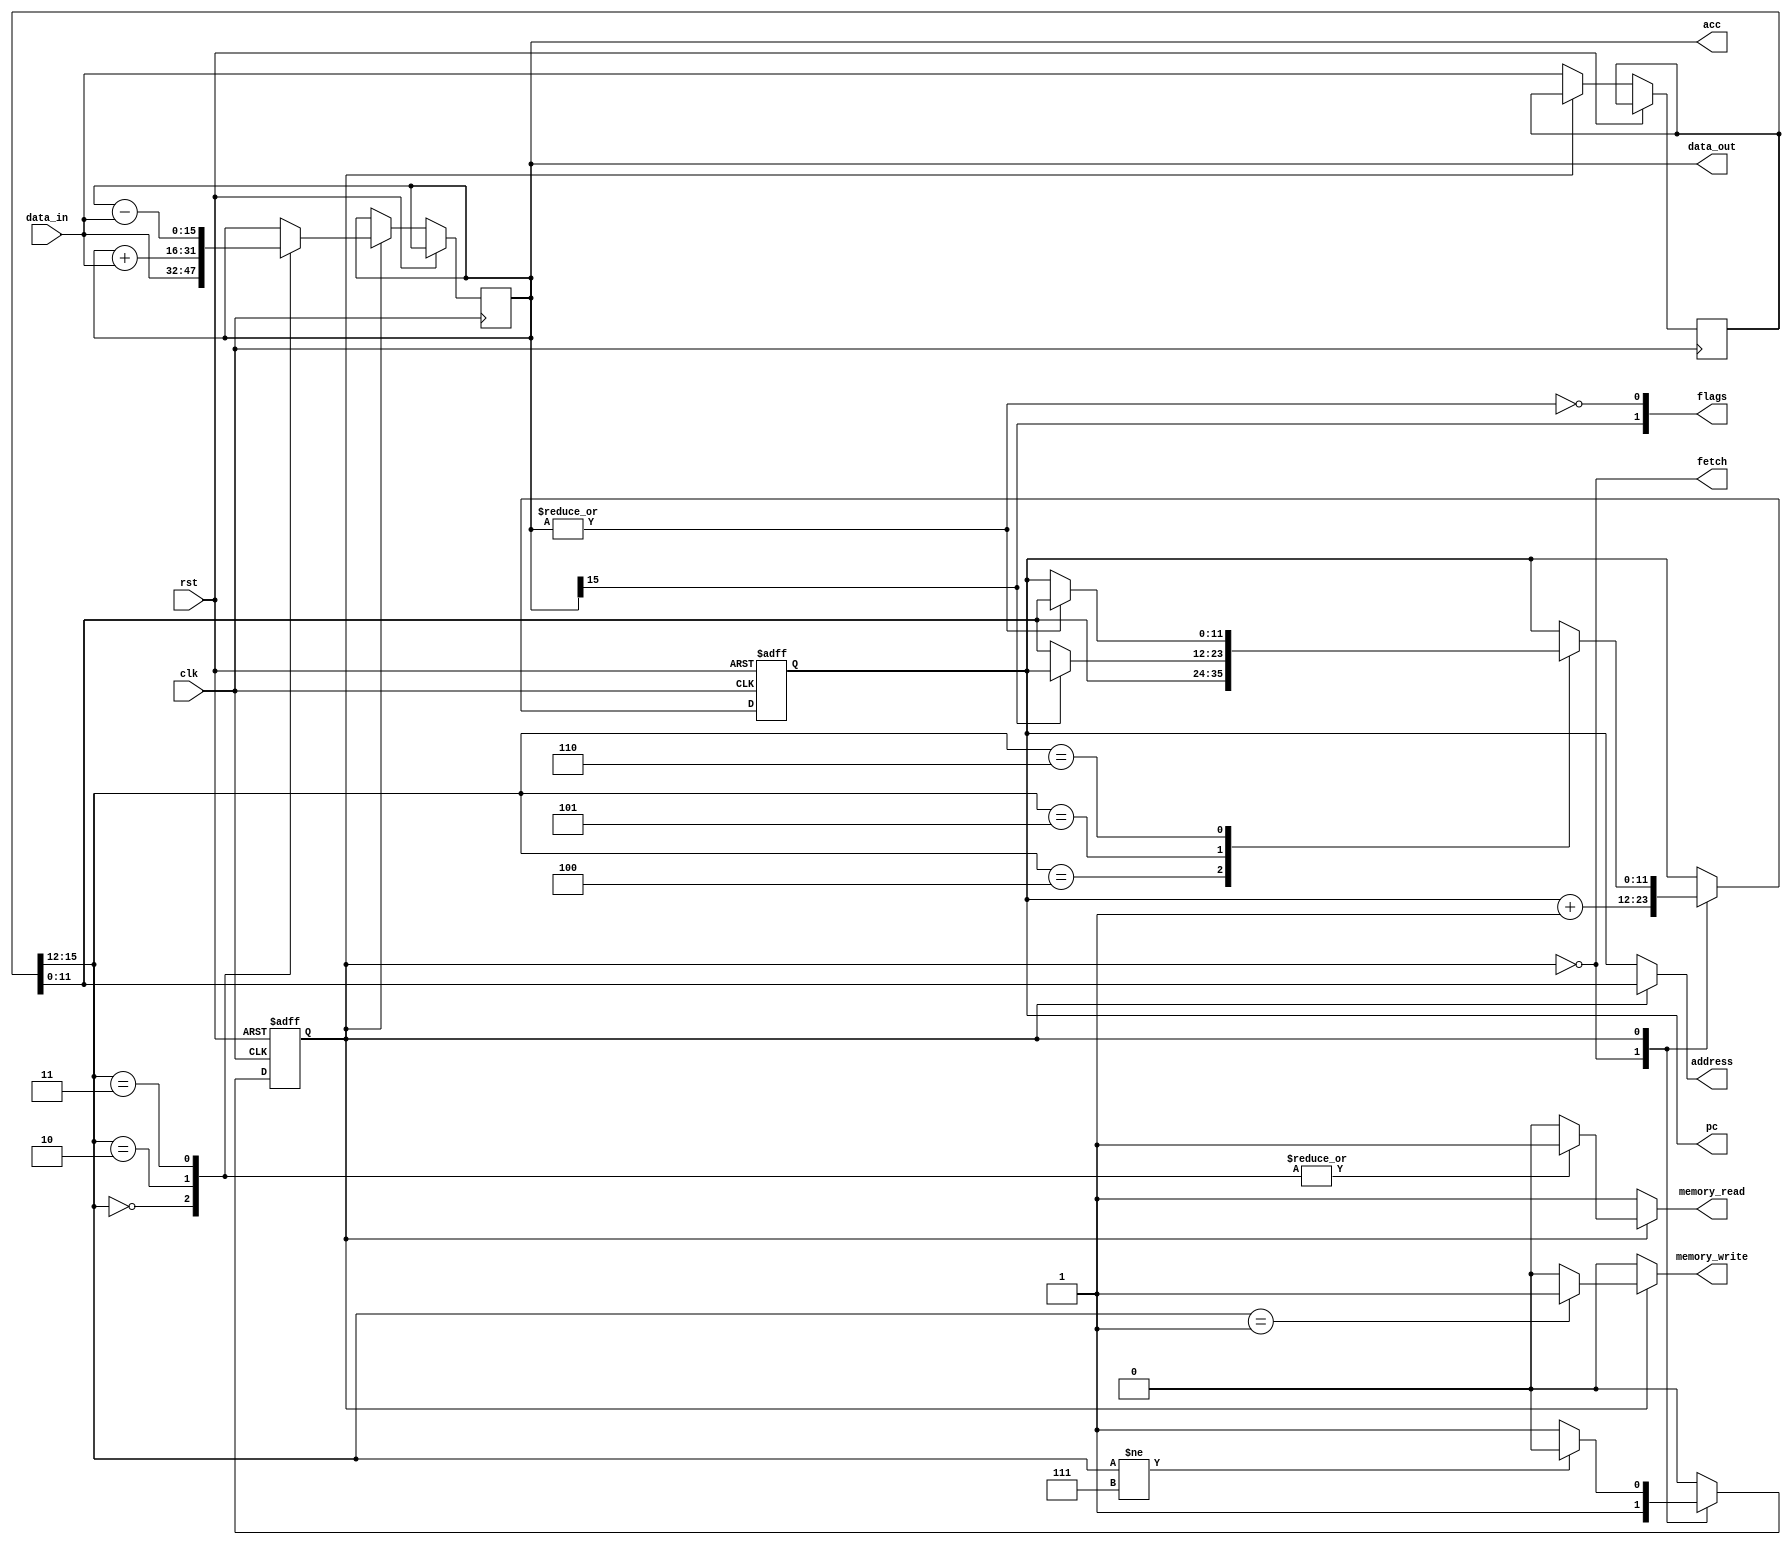
// MU0 processor sample #1  Sept. 2012

`define FETCH   0				// State enumeration
`define EXECUTE 1

`define LDA 4'h0				// Function enumeration
`define STA 4'h1
`define ADD 4'h2
`define SUB 4'h3
`define JMP 4'h4
`define JGE 4'h5
`define JNE 4'h6
`define STP 4'h7

module MU0_1 (input  wire        clk,		// System clock
            input  wire        rst,		// Master reset
            input  wire [15:0] data_in,		// Data read from memory
            output wire [15:0] data_out,	// Data to write to memory
            output reg  [11:0] address,		// Memory address
            output reg         memory_read,	// Memory read enable
            output reg         memory_write,	// Memory write enable
            // Additional exposed signals for observability
            output wire        fetch,		// In the fetch state?
            output reg  [15:0] acc,		// The accumulator
            output reg  [11:0] pc,		// The program counter
            output wire  [1:0] flags		// The N and Z flags
            );

// Declare internal registers
reg [15:0] ir;					// Instruction register
reg        state;				// FSM state

// Create debug (observability) signals
assign fetch = (state == `FETCH);
assign flags[0] = ~|acc;
assign flags[1] = acc[15];

////////////////////////////////////////////////////////////////////////////////

wire  [3:0] func;				// Generate aliases for
wire [11:0] operand;				//  instruction fields

assign func    = ir[15:12];			// ("function" is a reserved word)
assign operand = ir[11:0];

////////////////////////////////////////////////////////////////////////////////
// Combinatorial block which determines memory control outputs according to
//  current state and instruction type.

always @ (state, pc, func, operand)
  if (state == `FETCH)				// During fetch cycle
    begin
    address      = pc;				// Set address multiplexer to PC
    memory_read  = 1;				// Read memory
    memory_write = 0;				// Don't write
    end
  else
    begin					// Must be execution phase
    address      = operand;			// By default ...
    memory_read  = 0;				//  ... don't read ...
    memory_write = 0;				//  ... or write
    case (func)					// Modify values as needed
      `LDA: memory_read  = 1;			// LDA
      `STA: memory_write = 1;			// STA
      `ADD: memory_read  = 1;			// ADD
      `SUB: memory_read  = 1;			// SUB
    endcase
    end

////////////////////////////////////////////////////////////////////////////////
// Output data is always from the same place

assign data_out = acc;

////////////////////////////////////////////////////////////////////////////////
// Sequential block which manages what state will be adopted at the end of the
//  current cycle.

always @ (posedge clk or posedge rst)
  if (rst)					// Reset is active
    begin
    pc    <= 12'h000;				// PC starts at 000
    state <= `FETCH;				// Start with instruction fetch
    end
  else
    case (state)

      `FETCH:					// Fetch state
        begin
        ir    <= data_in;
        pc    <= pc + 1;
        state <= `EXECUTE;			// Execute next
	end

      `EXECUTE:					// Execute state
        begin

        case (func)
	  `LDA: acc <= data_in;			// LDA
          `STA: ; // No internal state changes	// STA
          `ADD: acc <= acc + data_in;		// ADD
          `SUB: acc <= acc - data_in;		// SUB
          `JMP: pc  <= operand;			// JMP
          `JGE: if (acc[15] == 0) pc <= operand;// JGE
          `JNE: if    (|acc != 0) pc <= operand;// JNE
						// Note reduction 'OR' operator
          default: ;				// Do nothing
        endcase

        if (func != `STP) state <= `FETCH;	// Don't halt, fetch again

        end

    endcase

////////////////////////////////////////////////////////////////////////////////

endmodule

////////////////////////////////////////////////////////////////////////////////